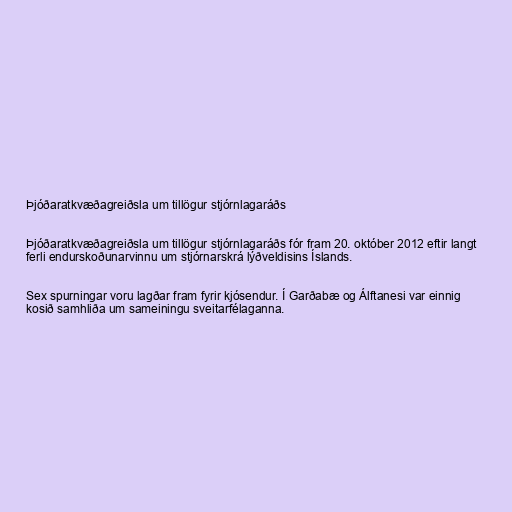
Þjóðaratkvæðagreiðsla um tillögur stjórnlagaráðs

Þjóðaratkvæðagreiðsla um tillögur stjórnlagaráðs fór fram 20. október 2012 eftir langt
ferli endurskoðunarvinnu um stjórnarskrá lýðveldisins Íslands.

Sex spurningar voru lagðar fram fyrir kjósendur. Í Garðabæ og Álftanesi var einnig
kosið samhliða um sameiningu sveitarfélaganna.